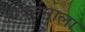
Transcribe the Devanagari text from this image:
आवर्तनाला